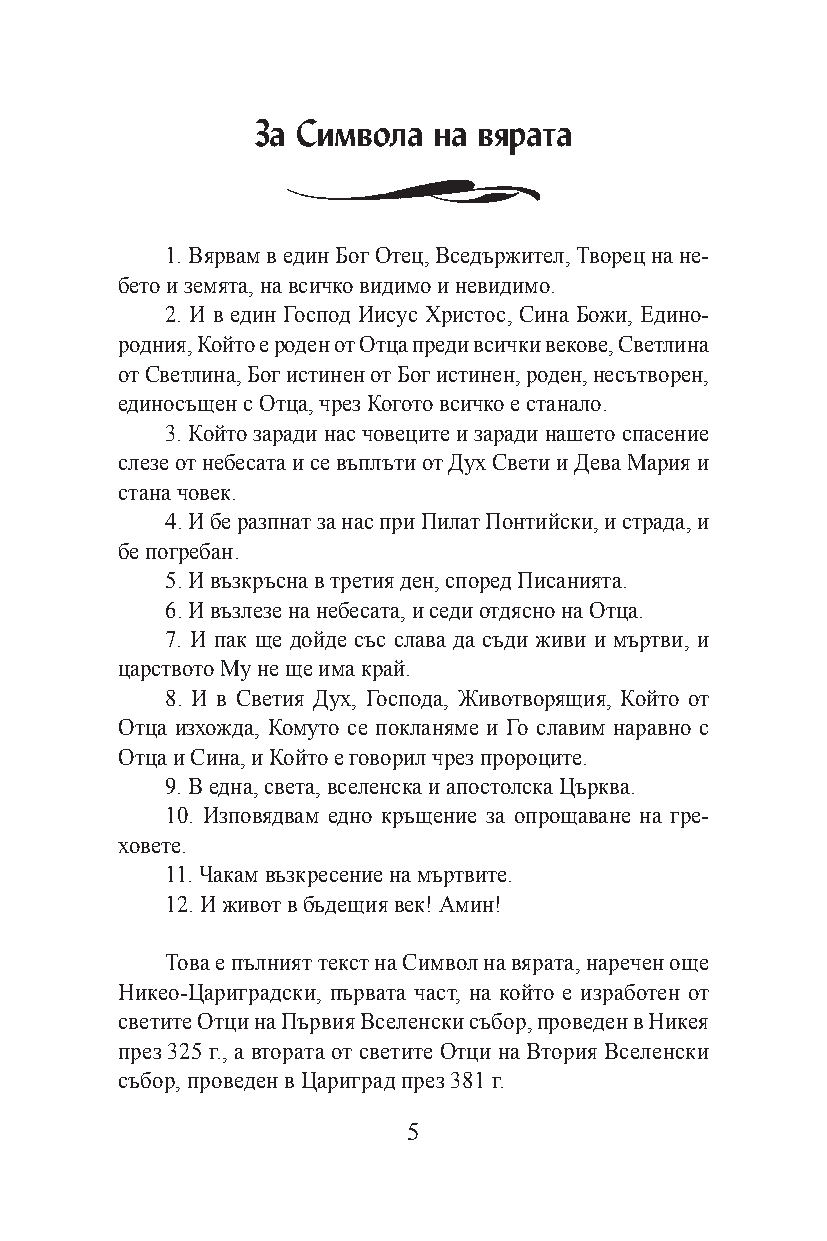
За Символа  на вярата
 1. Вярвам в eдин Бог Отец, Вседържител, Творец на не-
 бето и земята, на всичко видимо и невидимо.
 2. И в eдин Господ Иисус Христос, Сина Божи, Едино-
 родния, Който е роден от Отца преди всички векове, Светлина
 от Светлина, Бог истинен от Бог истинен, роден, несътворен,
 единосъщен с Отца, чрез Когото всичко е станало.
 3. Който заради нас човеците и заради нашето спасение
 слезе от небесата и се въплъти от Дух Свети и Дева Мария и
 стана човек.
 4. И бе разпнат за нас при Пилат Понтийски, и страда, и
 бе погребан.
 5. И възкръсна в третия ден, според Писанията.
 6. И възлезе на небесата, и седи отдясно на Отца.
 7. И пак ще дойде със слава да съди живи и мъртви, и
 царството Му не ще има край.
 8. И в Светия Дух, Господа, Животворящия, Който от
 Отца изхожда, Комуто се покланяме и Го славим наравно с
 Отца и Сина, и Който е говорил чрез пророците.
 9. В една, света, вселенска и апостолска Църква.
 10. Изповядвам едно кръщение за опрощаване на гре-
 ховете.
 11. Чакам възкресение на мъртвите.
 12. И живот в бъдещия век! Амин!
 Това е пълният текст на Символ на вярата, наречен още
 Никео-Цариградски, първата част, на който е изработен от
 светите Отци на Първия Вселенски събор, проведен в Никея
 през 325 г., а втората от светите Отци на Втория Вселенски
 събор, проведен в Цариград през 381 г.
 5